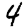
Digit: 4